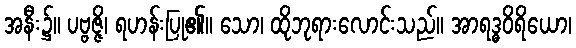
အနီး၌။ ပဗ္ဗဇ္ဇိ၊ ရဟန်းပြု၏။ သော၊ ထိုဘုရားလောင်းသည်။ အာရဒ္ဓဝိရိယော၊